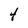
Character: 4